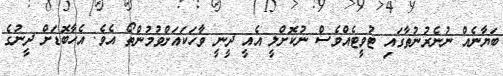
ބަޔާނެއް ނުނެރުނުތާގައި ޓުވީޓެއްވެސް ނުކޮށްލީ އެއީ ދީނީ ވާހަކައަށްވުމުންތޯ އެވެ. އެހާބޮޑަށް ދީނުގެ